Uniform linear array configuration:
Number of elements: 16
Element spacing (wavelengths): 1
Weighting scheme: hamming
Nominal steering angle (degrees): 45
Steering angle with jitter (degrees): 45.928
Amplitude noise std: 0.05
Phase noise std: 0.05

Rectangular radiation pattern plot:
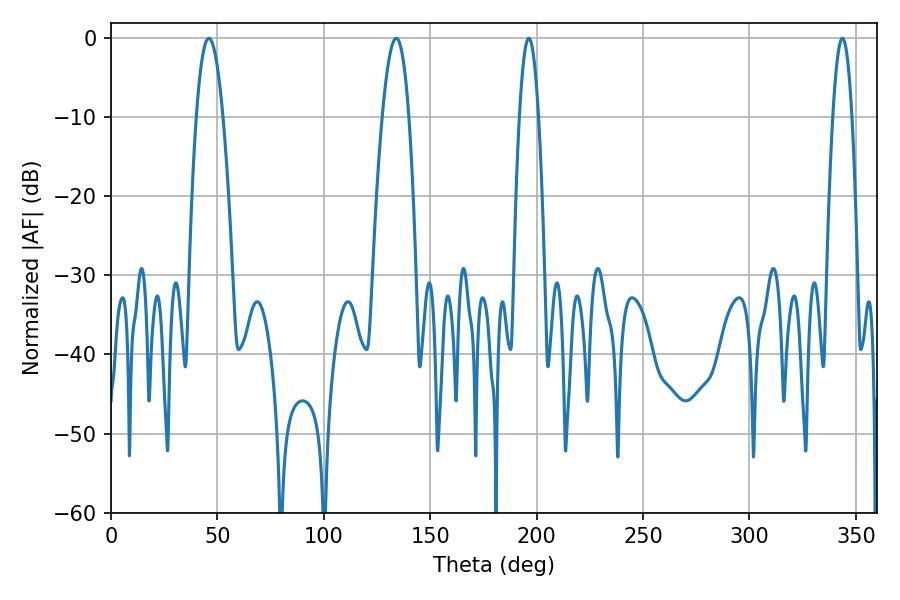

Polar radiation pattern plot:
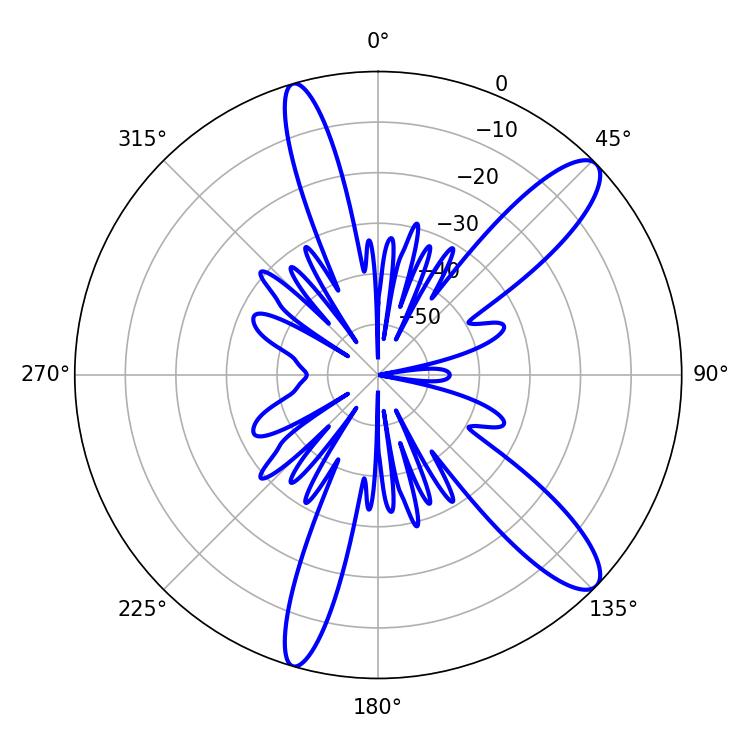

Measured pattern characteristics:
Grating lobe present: TRUE
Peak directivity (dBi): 11.742
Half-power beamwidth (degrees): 6.84
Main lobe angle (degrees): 45.9